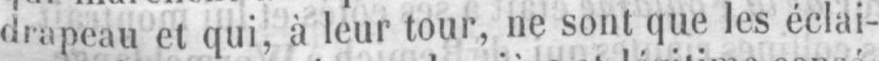
drapeau et qui, à leur tour, ne sont que les éclai-